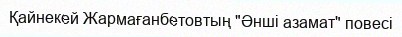
Қайнекей Жармағанбетовтың "Әнші азамат" повесі